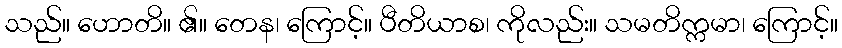
သည်။ ဟောတိ။ ၏။ တေန၊ ကြောင့်။ ပီတိယာစ၊ ကိုလည်း။ သမတိက္ကမာ၊ ကြောင့်။